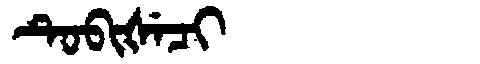
Manchu: ᡨᡠᠪᡳᡧᡝᠴᡳ
Romanization: TUBIŠECI